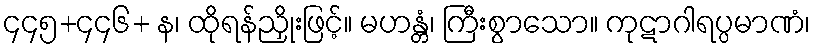
၄၄၅+၄၄၆+ န၊ ထိုရန်ညှိုးဖြင့်။ မဟန္တံ၊ ကြီးစွာသော။ ကုဋာဂါရပ္ပမာဏံ၊